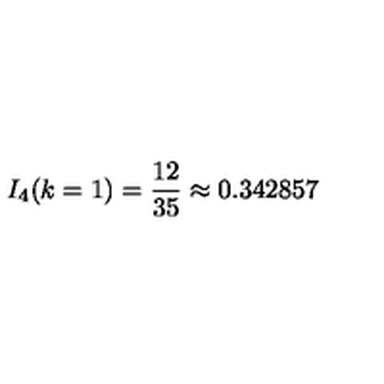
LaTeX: I _ { 4 } ( k = 1 ) = \frac { 1 2 } { 3 5 } \approx 0 . 3 4 2 8 5 7